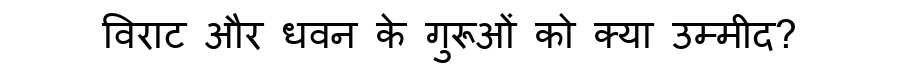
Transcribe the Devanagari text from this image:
विराट और धवन के गुरूओं को क्या उम्मीद?